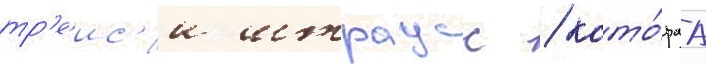
тр'еис'и штраусс / кото́раа